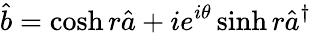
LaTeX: \hat{b}=\cosh r\hat{a}+ie^{i\theta}\sinh r\hat{a}^{\dagger}